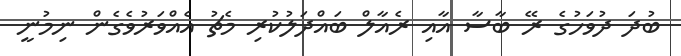
ބުދަ ދުވަހުގެ ރޭ ބާސާ އާއި ރެއާލް ބައްދަލުކުރި މެޗު އެއްވަރުވެގެން ނިމުނީ